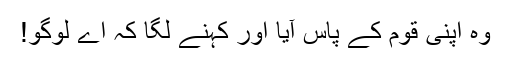
وہ اپنی قوم کے پاس آیا اور کہنے لگا کہ اے لوگو!